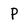
Character: P